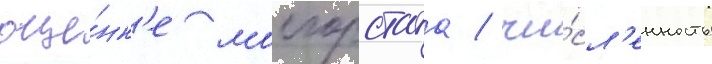
оце́нк'е мосгорстата / чи́сл'енность